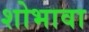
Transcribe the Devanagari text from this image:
शोभावा